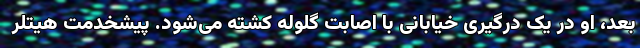
بعد، او در یک درگیری خیابانی با اصابت گلوله کشته می‌شود. پیشخدمت هیتلر